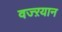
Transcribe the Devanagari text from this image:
वज्ऱयान